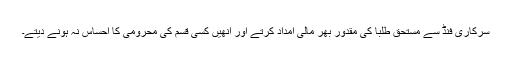
سرکاری فنڈ سے مستحق طلبا کی مقدور بھر مالی امداد کرتے اور انھیں کسی قسم کی محرومی کا احساس نہ ہونے دیتے۔